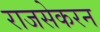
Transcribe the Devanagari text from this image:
राजसेकरन